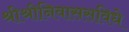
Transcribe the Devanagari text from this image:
श्रीश्रीनिवाससविधे